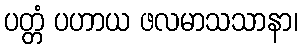
ပတ္တံ ပဟာယ ဖလမာသသာနာ၊